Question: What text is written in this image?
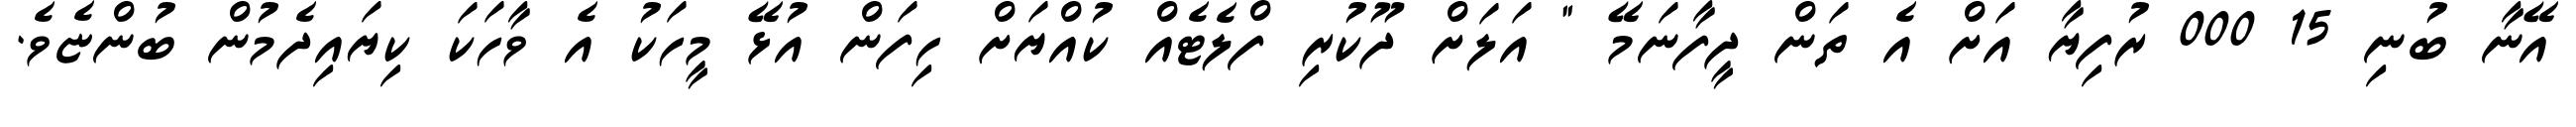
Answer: އޭނާ ބުނި 15 000 ރުފިޔާ އަށް އެ ތަން ދީފާނަމޭ " އަލަށް ދޫކުރި ފްލެޓެއް ކުއްޔަށް ހިފަން އުޅޭ މީހަކު އެ ވާހަކަ ކިޔައިދެމުން ބުންޏެވެ.